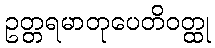
ဥတ္တရမာတုပေတိဝတ္ထု